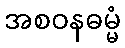
အစဝနဓမ္မံ